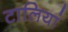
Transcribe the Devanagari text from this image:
टालियां